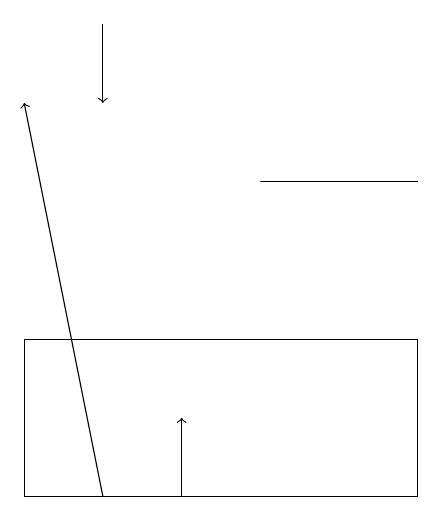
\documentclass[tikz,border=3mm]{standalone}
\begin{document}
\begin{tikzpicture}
\draw[->] (3,18) -- (3,17);
\draw (7,16) rectangle (5,16);
\draw[->] (4,12) -- (4,13);
\draw[->] (3,12) -- (2,17);
\draw (2,12) rectangle (7,14);
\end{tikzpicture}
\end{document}